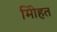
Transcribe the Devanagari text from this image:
मोिहत